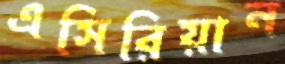
এসিরিয়ান